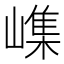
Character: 㠎